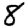
Digit: 8